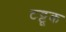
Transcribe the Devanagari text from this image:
टट्टूक